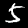
Label: 5